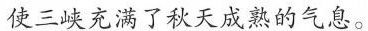
使三峡充满了秋天成熟的气息。